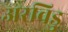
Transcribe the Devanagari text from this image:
अरविडु